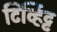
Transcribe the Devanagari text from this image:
टिर्व्हिट्ट